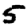
Digit: 5